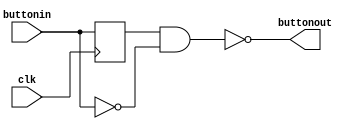
module buttonedge(input clk , input buttonin,output buttonout);

reg  key_temp;

always@(posedge clk)
    key_temp<=buttonin;//

assign buttonout=~((key_temp)&&(!buttonin));//

endmodule